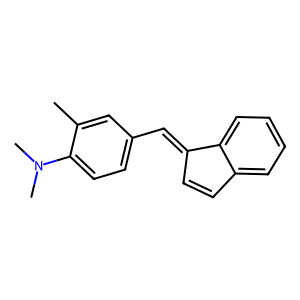
SMILES: Cc1cc(C=C2C=Cc3ccccc32)ccc1N(C)C
Inhibits HIV replication: No